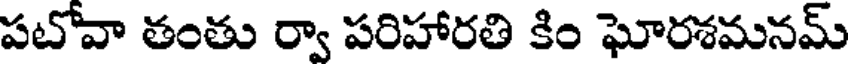
పటోవా తంతు ర్వా పరిహారతి కిం ఘోరశమనమ్